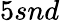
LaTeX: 5snd